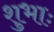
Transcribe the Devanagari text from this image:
शुभाः